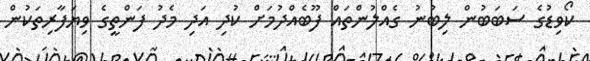
ކޯވިޑުގެ ސަބަބުން ލިބުނު ގެއްލުންތައް ފޫބެއްދުމަށް ކުދި އަދި މެދު ފަންތީގެ ވިޔަފާރިތަކުން